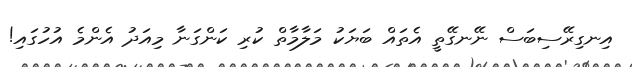
އިނގިރޭސިބަސް ނޭނގޭތީ އެތައް ބަޔަކު މަލާމާތް ކުރި ކަންގަނާ މިއަދު އެންމެ އުހުގައި!